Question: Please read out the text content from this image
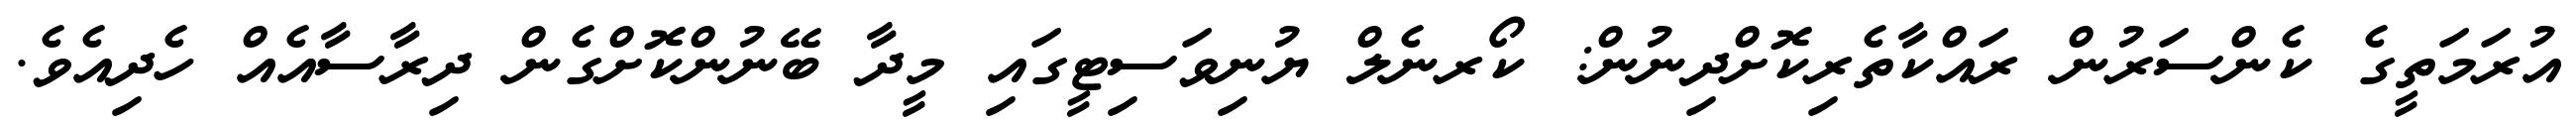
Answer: އުރަމަތީގެ ކެންސަރުން ރައްކާތެރިކޮށްދިނުން: ކޯރނެލް ޔުނިވަސިޓީގައި މީދާ ބޭނުންކޮށްގެން ދިރާސާއެއް ހެދިއެވެ.